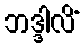
ဘဒ္ဒါလိံ